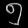
Digit: ၅